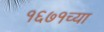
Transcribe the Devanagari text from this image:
१६७१च्या